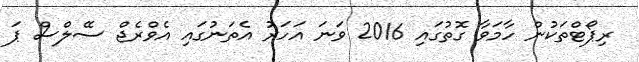
ރިޕޯޓްތަކުން ހާމަވާ ގޮތުގައި 2016 ވަނަ އަހަރު އެތަނުގައި އެވްރެޖް ސޭލްސް ޕަ